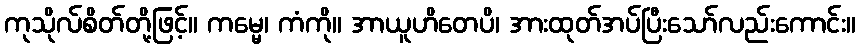
ကုသိုလ်စိတ်တို့ဖြင့်။ ကမ္မေ၊ ကံကို။ အာယူဟိတေပိ၊ အားထုတ်အပ်ပြီးသော်လည်းကောင်း။